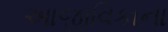
આજીવિકાના